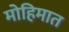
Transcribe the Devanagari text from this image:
मोहिमात